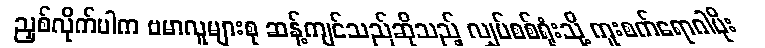
ညှစ်လိုက်ပါက ဗမာလူများစု ဆန့်ကျင်သည်ဆိုသည့် လျှပ်စစ်ရုံးသို့ ကူးစက်ရောဂါပိုး